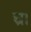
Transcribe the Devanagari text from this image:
च्र।